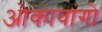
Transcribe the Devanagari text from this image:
ओकावांगो